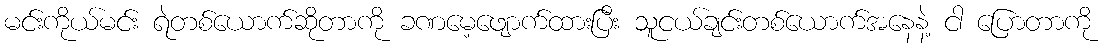
မင်းကိုယ်မင်း ရဲတစ်ယောက်ဆိုတာကို ခဏမေ့ဖျောက်ထားပြီး သူငယ်ချင်းတစ်ယောက်အနေနဲ့ ငါ ပြောတာကို